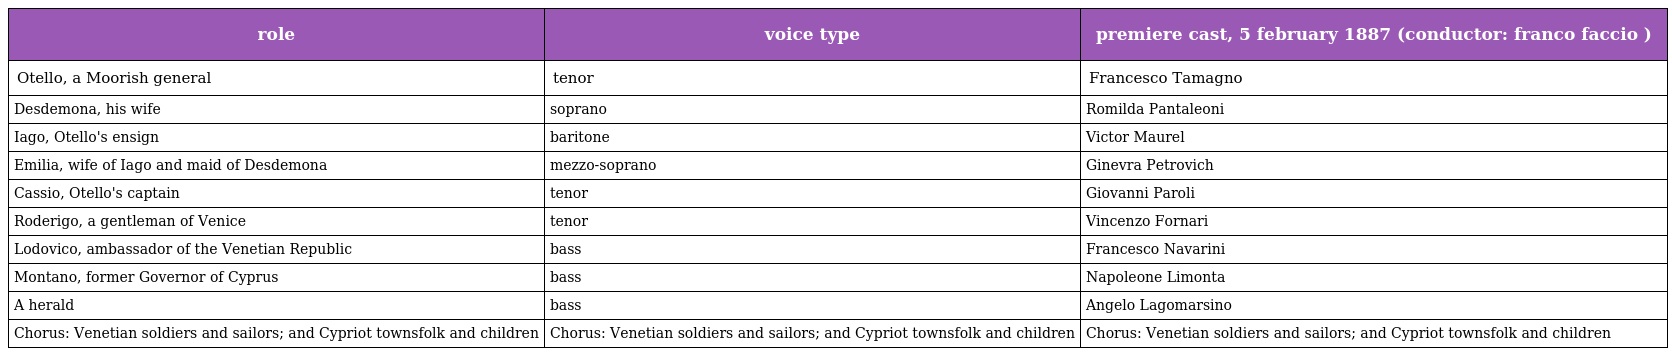
| role | voice type | premiere cast, 5 february 1887 (conductor: franco faccio ) |
 | --- | --- | --- |
 | Otello, a Moorish general | tenor | Francesco Tamagno |
 | Desdemona, his wife | soprano | Romilda Pantaleoni |
 | Iago, Otello's ensign | baritone | Victor Maurel |
 | Emilia, wife of Iago and maid of Desdemona | mezzo-soprano | Ginevra Petrovich |
 | Cassio, Otello's captain | tenor | Giovanni Paroli |
 | Roderigo, a gentleman of Venice | tenor | Vincenzo Fornari |
 | Lodovico, ambassador of the Venetian Republic | bass | Francesco Navarini |
 | Montano, former Governor of Cyprus | bass | Napoleone Limonta |
 | A herald | bass | Angelo Lagomarsino |
 | Chorus: Venetian soldiers and sailors; and Cypriot townsfolk and children | Chorus: Venetian soldiers and sailors; and Cypriot townsfolk and children | Chorus: Venetian soldiers and sailors; and Cypriot townsfolk and children |